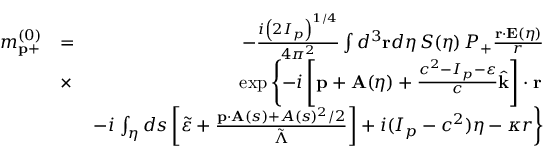
\begin{array} { r l r } { m _ { \mathbf { p } + } ^ { ( 0 ) } } & { = } & { - \frac { i \left( 2 I _ { p } \right) ^ { 1 / 4 } } { 4 \pi ^ { 2 } } \int d ^ { 3 } \mathbf { r } d \eta \, { \cal S } ( \eta ) \, { \cal P } _ { + } \frac { \mathbf { r } \cdot \mathbf { E } ( \eta ) } { r } } \\ & { \times } & { \exp \left\{ - i \left[ \mathbf { p } + \mathbf { A } ( \eta ) + \frac { c ^ { 2 } - I _ { p } - \varepsilon } { c } \hat { \mathbf { k } } \right] \cdot \mathbf { r } \right. } \\ & { } & { - i \left. \int _ { \eta } d s \left[ \tilde { \varepsilon } + \frac { \mathbf { p } \cdot \mathbf { A } ( s ) + A ( s ) ^ { 2 } / 2 } { \tilde { \Lambda } } \right] + i ( I _ { p } - c ^ { 2 } ) \eta - \kappa r \right\} } \end{array}